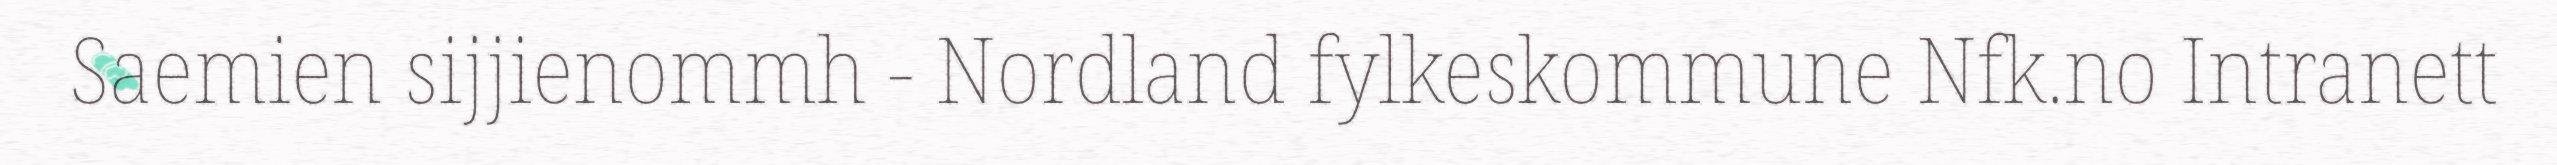
Saemien sijjienommh - Nordland fylkeskommune Nfk.no Intranett